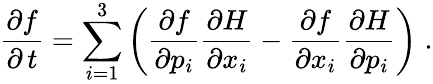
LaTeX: \frac{\partial f}{\partial\, t}=\sum_{i=1}^{3}\left(\frac{\partial f}{\partial p_{i}}\frac{\partial H}{\partial x_{i}}-\frac{\partial f}{\partial x_{i}}\frac{\partial H}{\partial p_{i}}\right)\; .